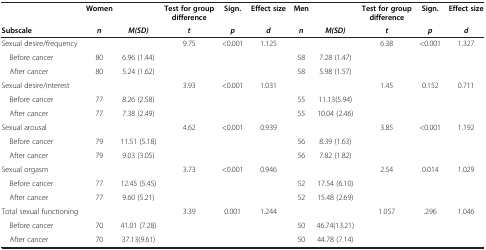
|  | Women |  | Test for group difference | Sign. | Effect size | Men |  | Test for group difference | Sign. | Effect size |
 | Subscale | n | M(SD) | t | p | d | n | M(SD) | t | p | d |
 | --- | --- | --- | --- | --- | --- | --- | --- | --- | --- | --- |
 | Sexual desire/frequency |  |  | 9.75 | <0.001 | 1.125 |  |  | 6.38 | <0.001 | 1.327 |
 | Before cancer | 80 | 6.96 (1.44) |  |  |  | 58 | 7.28 (1.47) |  |  |  |
 | After cancer | 80 | 5.24 (1.62) |  |  |  | 58 | 5.98 (1.57) |  |  |  |
 | Sexual desire/interest |  |  | 3.93 | <0.001 | 1.031 |  |  | 1.45 | 0.152 | 0.711 |
 | Before cancer | 77 | 8.26 (2.58) |  |  |  | 55 | 11.13(5.94) |  |  |  |
 | After cancer | 77 | 7.38 (2.49) |  |  |  | 55 | 10.04 (2.46) |  |  |  |
 | Sexual arousal |  |  | 4.62 | <0.001 | 0.939 |  |  | 3.85 | <0.001 | 1.192 |
 | Before cancer | 79 | 11.51 (5.18) |  |  |  | 56 | 8.39 (1.63) |  |  |  |
 | After cancer | 79 | 9.03 (3.05) |  |  |  | 56 | 7.82 (1.82) |  |  |  |
 | Sexual orgasm |  |  | 3.73 | <0.001 | 0.946 |  |  | 2.54 | 0.014 | 1.029 |
 | Before cancer | 77 | 12.45 (5.45) |  |  |  | 52 | 17.54 (6.10) |  |  |  |
 | After cancer | 77 | 9.60 (5.21) |  |  |  | 52 | 15.48 (2.69) |  |  |  |
 | Total sexual functioning |  |  | 3.39 | 0.001 | 1.244 |  |  | 1.057 | .296 | 1.046 |
 | Before cancer | 70 | 41.01 (7.28) |  |  |  | 50 | 46.74(13.21) |  |  |  |
 | After cancer | 70 | 37.13(9.61) |  |  |  | 50 | 44.78 (7.14) |  |  |  |